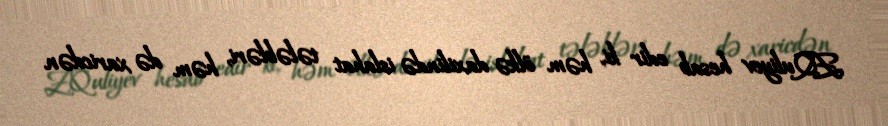
Z.Quliyev hesab edir ki, həm ölkə daxilində islahat tələbləri, həm də xaricdən